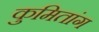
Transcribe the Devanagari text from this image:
कुमितांग